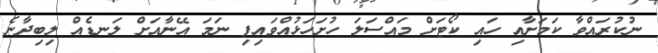
ނުކުރައްވާ ކަމަށާއި ހައި ކޯޓަށް މައްސަލަ ހުށަހަޅުއްވައިފި ނަމަ އޭނާއަށް ލަނޑެއް ލިބިދާނެ